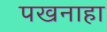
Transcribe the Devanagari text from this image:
पखनाहा